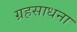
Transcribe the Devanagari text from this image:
ग्रहसाधना